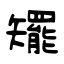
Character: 矲